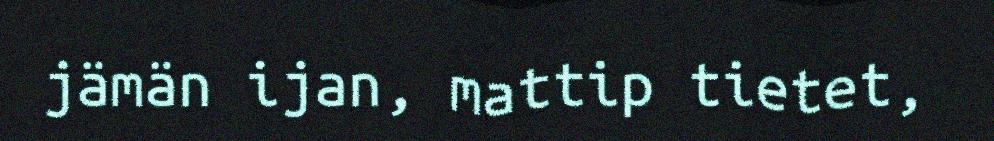
jämän ijan, mattip tietet,